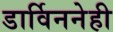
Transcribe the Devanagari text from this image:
डार्विननेही